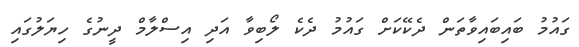
ގައުމު ބައިބައިވާތަން ދެކޭކަށް ގައުމު ދެކެ ލޯބިވާ އަދި އިސްލާމް ދީނުގެ ހިޔަލުގައި